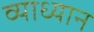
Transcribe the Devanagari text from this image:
व्याध्यान